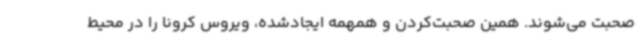
صحبت می‌شوند. همین صحبت‌کردن و همهمه ایجادشده، ویروس کرونا را در محیط